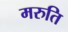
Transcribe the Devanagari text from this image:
मरुति